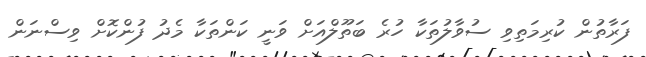
ފަރާތުން ކުރިމަތިިވި ސުވާލުތަކާ ހުރެ ބަތޫލްއަށް ވަނީ ކަންތަކާ މެދު ފުންކޮށް ވިސްނަން